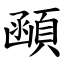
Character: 顄